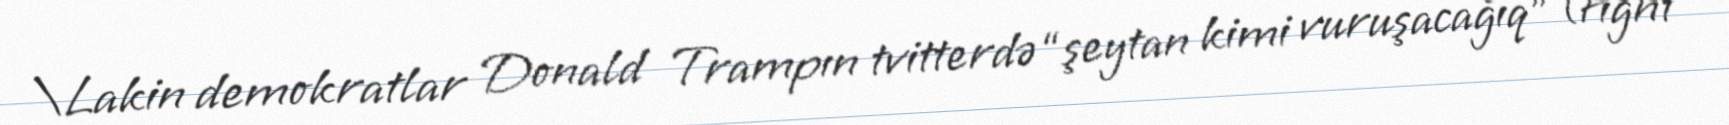
\Lakin demokratlar Donald Trampın tvitterdə “şeytan kimi vuruşacağıq” (fight